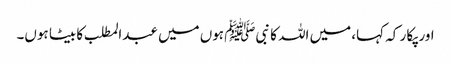
اور پکا ر کہ کہا، میں اللہ کا نبیﷺ ہوں میں عبدالمطلب کا بیٹا ہوں۔